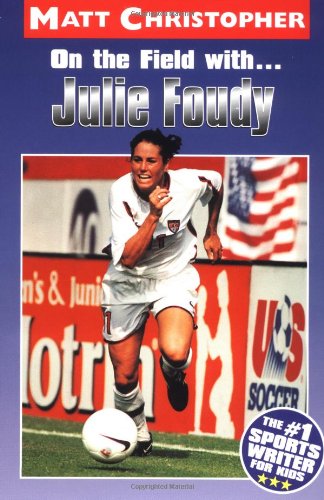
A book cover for On the Field with ... Julie Foudy (Matt Christopher Sports Bio Bookshelf); Matt Christopher; Children's Books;